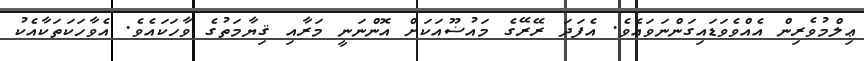
ޢިލްމުވެރިން އެއްވެވަޑައިގަންނަވައެވެ. އެފަދަ ރޭރޭގެ މައުޟޫއަކަށް އޮންނަނީ މަރާއި ޤިޔާމަތުގެ ވާހަކައެވެ. އެވާހަކަތަކާއެކު